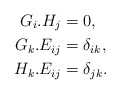
\begin{align*}G_i.H_j &= 0, \\G_k.E_{ij} &= \delta_{ik}, \\H_k.E_{ij} &= \delta_{jk}.\end{align*}